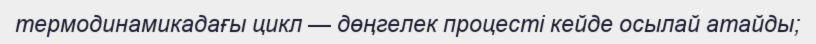
термодинамикадағы цикл — дөңгелек процесті кейде осылай атайды;